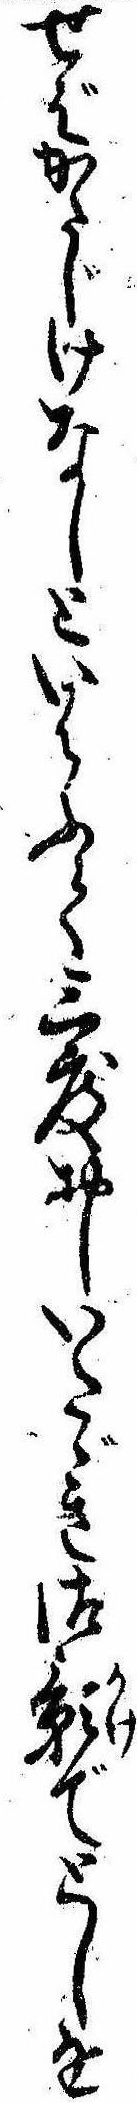
せばかたじけなしといはふて三度おしいたゞき御影でとしを